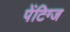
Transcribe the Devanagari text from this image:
पेंटिग्ज